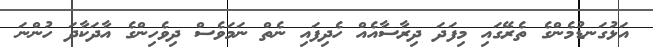
އަޅުގަނޑުމެންގެ ތެރޭގައި މިފަދަ ދިރާސާއެއް ހެދިފައި ނެތް ނަމަވެސް ދިވެހިންގެ އާދަކާދަ ހުންނަ